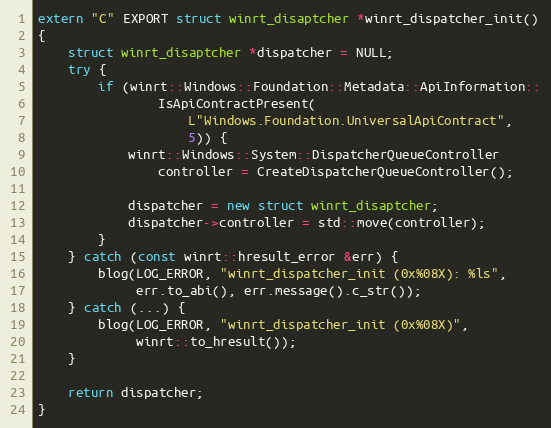
Language: C++
extern "C" EXPORT struct winrt_disaptcher *winrt_dispatcher_init()
{
	struct winrt_disaptcher *dispatcher = NULL;
	try {
		if (winrt::Windows::Foundation::Metadata::ApiInformation::
			    IsApiContractPresent(
				    L"Windows.Foundation.UniversalApiContract",
				    5)) {
			winrt::Windows::System::DispatcherQueueController
				controller = CreateDispatcherQueueController();

			dispatcher = new struct winrt_disaptcher;
			dispatcher->controller = std::move(controller);
		}
	} catch (const winrt::hresult_error &err) {
		blog(LOG_ERROR, "winrt_dispatcher_init (0x%08X): %ls",
		     err.to_abi(), err.message().c_str());
	} catch (...) {
		blog(LOG_ERROR, "winrt_dispatcher_init (0x%08X)",
		     winrt::to_hresult());
	}

	return dispatcher;
}